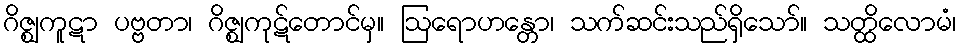
ဂိဇ္ဈကူဋာ ပဗ္ဗတာ၊ ဂိဇ္ဈကုဋ်တောင်မှ။ ဩရောဟန္တော၊ သက်ဆင်းသည်ရှိသော်။ သတ္ထိလောမံ၊